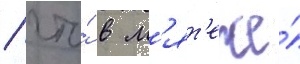
/ что́ в м'ят'еже́